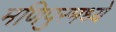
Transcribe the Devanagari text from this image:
मणिपुरमध्ये